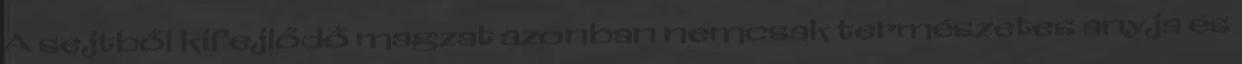
A sejtből kifejlődő magzat azonban nemcsak természetes anyja és